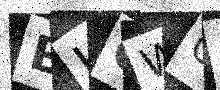
Text: BHOWO5